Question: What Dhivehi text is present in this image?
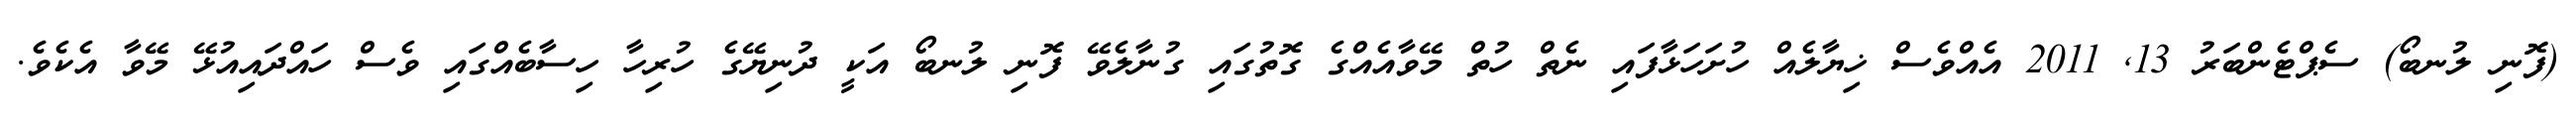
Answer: (ފޮނި ލުނބޯ) ސެޕްޓެންބަރު 13, 2011 އެއްވެސް ޚިޔާލެއް ހުށަހަޅާފައި ނެތް ހުތް މޭވާއެއްގެ ގޮތުގައި ގުނާލެވޭ ފޮނި ލުނބޯ އަކީ ދުނިޔޭގެ ހުރިހާ ހިސާބެއްގައި ވެސް ހައްދައިއުޅޭ މޭވާ އެކެވެ.